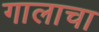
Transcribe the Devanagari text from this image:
गालाचा